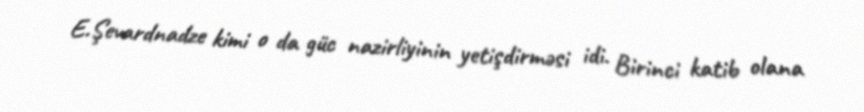
E.Şevardnadze kimi o da güc nazirliyinin yetişdirməsi idi. Birinci katib olana